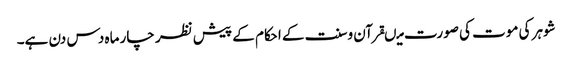
شوہر کی موت کی صورت میںقرآن وسنت کے احکام کے پیش نظر چار ماہ دس دن ہے۔